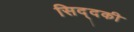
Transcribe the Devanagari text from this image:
सिद्दकी